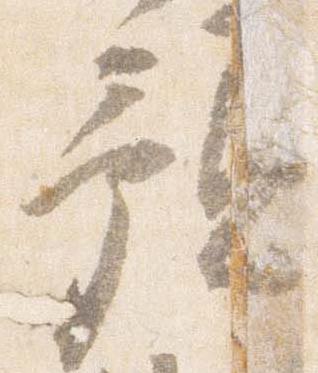
預